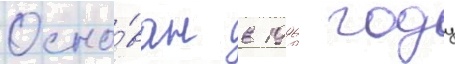
Осно́ван в 1996 году